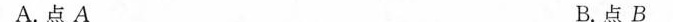
A.点A B.点B